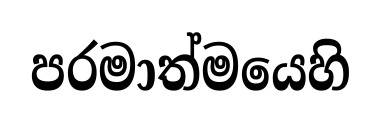
පරමාත්මයෙහි